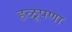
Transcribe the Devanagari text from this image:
हळूपणा